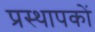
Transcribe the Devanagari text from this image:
प्रस्थापकों